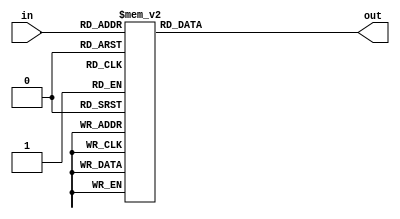
/* Multiply by 2 LUT */
module mul_by_2 (in, out);
    input [7:0] in;
    output reg [7:0] out;

    always @ (in)
    case (in)
        8'h0: out = 8'h0;
        8'h1: out = 8'h2;
        8'h2: out = 8'h4;
        8'h3: out = 8'h6;
        8'h4: out = 8'h8;
        8'h5: out = 8'ha;
        8'h6: out = 8'hc;
        8'h7: out = 8'he;
        8'h8: out = 8'h10;
        8'h9: out = 8'h12;
        8'ha: out = 8'h14;
        8'hb: out = 8'h16;
        8'hc: out = 8'h18;
        8'hd: out = 8'h1a;
        8'he: out = 8'h1c;
        8'hf: out = 8'h1e;
        8'h10: out = 8'h20;
        8'h11: out = 8'h22;
        8'h12: out = 8'h24;
        8'h13: out = 8'h26;
        8'h14: out = 8'h28;
        8'h15: out = 8'h2a;
        8'h16: out = 8'h2c;
        8'h17: out = 8'h2e;
        8'h18: out = 8'h30;
        8'h19: out = 8'h32;
        8'h1a: out = 8'h34;
        8'h1b: out = 8'h36;
        8'h1c: out = 8'h38;
        8'h1d: out = 8'h3a;
        8'h1e: out = 8'h3c;
        8'h1f: out = 8'h3e;
        8'h20: out = 8'h40;
        8'h21: out = 8'h42;
        8'h22: out = 8'h44;
        8'h23: out = 8'h46;
        8'h24: out = 8'h48;
        8'h25: out = 8'h4a;
        8'h26: out = 8'h4c;
        8'h27: out = 8'h4e;
        8'h28: out = 8'h50;
        8'h29: out = 8'h52;
        8'h2a: out = 8'h54;
        8'h2b: out = 8'h56;
        8'h2c: out = 8'h58;
        8'h2d: out = 8'h5a;
        8'h2e: out = 8'h5c;
        8'h2f: out = 8'h5e;
        8'h30: out = 8'h60;
        8'h31: out = 8'h62;
        8'h32: out = 8'h64;
        8'h33: out = 8'h66;
        8'h34: out = 8'h68;
        8'h35: out = 8'h6a;
        8'h36: out = 8'h6c;
        8'h37: out = 8'h6e;
        8'h38: out = 8'h70;
        8'h39: out = 8'h72;
        8'h3a: out = 8'h74;
        8'h3b: out = 8'h76;
        8'h3c: out = 8'h78;
        8'h3d: out = 8'h7a;
        8'h3e: out = 8'h7c;
        8'h3f: out = 8'h7e;
        8'h40: out = 8'h80;
        8'h41: out = 8'h82;
        8'h42: out = 8'h84;
        8'h43: out = 8'h86;
        8'h44: out = 8'h88;
        8'h45: out = 8'h8a;
        8'h46: out = 8'h8c;
        8'h47: out = 8'h8e;
        8'h48: out = 8'h90;
        8'h49: out = 8'h92;
        8'h4a: out = 8'h94;
        8'h4b: out = 8'h96;
        8'h4c: out = 8'h98;
        8'h4d: out = 8'h9a;
        8'h4e: out = 8'h9c;
        8'h4f: out = 8'h9e;
        8'h50: out = 8'ha0;
        8'h51: out = 8'ha2;
        8'h52: out = 8'ha4;
        8'h53: out = 8'ha6;
        8'h54: out = 8'ha8;
        8'h55: out = 8'haa;
        8'h56: out = 8'hac;
        8'h57: out = 8'hae;
        8'h58: out = 8'hb0;
        8'h59: out = 8'hb2;
        8'h5a: out = 8'hb4;
        8'h5b: out = 8'hb6;
        8'h5c: out = 8'hb8;
        8'h5d: out = 8'hba;
        8'h5e: out = 8'hbc;
        8'h5f: out = 8'hbe;
        8'h60: out = 8'hc0;
        8'h61: out = 8'hc2;
        8'h62: out = 8'hc4;
        8'h63: out = 8'hc6;
        8'h64: out = 8'hc8;
        8'h65: out = 8'hca;
        8'h66: out = 8'hcc;
        8'h67: out = 8'hce;
        8'h68: out = 8'hd0;
        8'h69: out = 8'hd2;
        8'h6a: out = 8'hd4;
        8'h6b: out = 8'hd6;
        8'h6c: out = 8'hd8;
        8'h6d: out = 8'hda;
        8'h6e: out = 8'hdc;
        8'h6f: out = 8'hde;
        8'h70: out = 8'he0;
        8'h71: out = 8'he2;
        8'h72: out = 8'he4;
        8'h73: out = 8'he6;
        8'h74: out = 8'he8;
        8'h75: out = 8'hea;
        8'h76: out = 8'hec;
        8'h77: out = 8'hee;
        8'h78: out = 8'hf0;
        8'h79: out = 8'hf2;
        8'h7a: out = 8'hf4;
        8'h7b: out = 8'hf6;
        8'h7c: out = 8'hf8;
        8'h7d: out = 8'hfa;
        8'h7e: out = 8'hfc;
        8'h7f: out = 8'hfe;
        8'h80: out = 8'h1b;
        8'h81: out = 8'h19;
        8'h82: out = 8'h1f;
        8'h83: out = 8'h1d;
        8'h84: out = 8'h13;
        8'h85: out = 8'h11;
        8'h86: out = 8'h17;
        8'h87: out = 8'h15;
        8'h88: out = 8'hb;
        8'h89: out = 8'h9;
        8'h8a: out = 8'hf;
        8'h8b: out = 8'hd;
        8'h8c: out = 8'h3;
        8'h8d: out = 8'h1;
        8'h8e: out = 8'h7;
        8'h8f: out = 8'h5;
        8'h90: out = 8'h3b;
        8'h91: out = 8'h39;
        8'h92: out = 8'h3f;
        8'h93: out = 8'h3d;
        8'h94: out = 8'h33;
        8'h95: out = 8'h31;
        8'h96: out = 8'h37;
        8'h97: out = 8'h35;
        8'h98: out = 8'h2b;
        8'h99: out = 8'h29;
        8'h9a: out = 8'h2f;
        8'h9b: out = 8'h2d;
        8'h9c: out = 8'h23;
        8'h9d: out = 8'h21;
        8'h9e: out = 8'h27;
        8'h9f: out = 8'h25;
        8'ha0: out = 8'h5b;
        8'ha1: out = 8'h59;
        8'ha2: out = 8'h5f;
        8'ha3: out = 8'h5d;
        8'ha4: out = 8'h53;
        8'ha5: out = 8'h51;
        8'ha6: out = 8'h57;
        8'ha7: out = 8'h55;
        8'ha8: out = 8'h4b;
        8'ha9: out = 8'h49;
        8'haa: out = 8'h4f;
        8'hab: out = 8'h4d;
        8'hac: out = 8'h43;
        8'had: out = 8'h41;
        8'hae: out = 8'h47;
        8'haf: out = 8'h45;
        8'hb0: out = 8'h7b;
        8'hb1: out = 8'h79;
        8'hb2: out = 8'h7f;
        8'hb3: out = 8'h7d;
        8'hb4: out = 8'h73;
        8'hb5: out = 8'h71;
        8'hb6: out = 8'h77;
        8'hb7: out = 8'h75;
        8'hb8: out = 8'h6b;
        8'hb9: out = 8'h69;
        8'hba: out = 8'h6f;
        8'hbb: out = 8'h6d;
        8'hbc: out = 8'h63;
        8'hbd: out = 8'h61;
        8'hbe: out = 8'h67;
        8'hbf: out = 8'h65;
        8'hc0: out = 8'h9b;
        8'hc1: out = 8'h99;
        8'hc2: out = 8'h9f;
        8'hc3: out = 8'h9d;
        8'hc4: out = 8'h93;
        8'hc5: out = 8'h91;
        8'hc6: out = 8'h97;
        8'hc7: out = 8'h95;
        8'hc8: out = 8'h8b;
        8'hc9: out = 8'h89;
        8'hca: out = 8'h8f;
        8'hcb: out = 8'h8d;
        8'hcc: out = 8'h83;
        8'hcd: out = 8'h81;
        8'hce: out = 8'h87;
        8'hcf: out = 8'h85;
        8'hd0: out = 8'hbb;
        8'hd1: out = 8'hb9;
        8'hd2: out = 8'hbf;
        8'hd3: out = 8'hbd;
        8'hd4: out = 8'hb3;
        8'hd5: out = 8'hb1;
        8'hd6: out = 8'hb7;
        8'hd7: out = 8'hb5;
        8'hd8: out = 8'hab;
        8'hd9: out = 8'ha9;
        8'hda: out = 8'haf;
        8'hdb: out = 8'had;
        8'hdc: out = 8'ha3;
        8'hdd: out = 8'ha1;
        8'hde: out = 8'ha7;
        8'hdf: out = 8'ha5;
        8'he0: out = 8'hdb;
        8'he1: out = 8'hd9;
        8'he2: out = 8'hdf;
        8'he3: out = 8'hdd;
        8'he4: out = 8'hd3;
        8'he5: out = 8'hd1;
        8'he6: out = 8'hd7;
        8'he7: out = 8'hd5;
        8'he8: out = 8'hcb;
        8'he9: out = 8'hc9;
        8'hea: out = 8'hcf;
        8'heb: out = 8'hcd;
        8'hec: out = 8'hc3;
        8'hed: out = 8'hc1;
        8'hee: out = 8'hc7;
        8'hef: out = 8'hc5;
        8'hf0: out = 8'hfb;
        8'hf1: out = 8'hf9;
        8'hf2: out = 8'hff;
        8'hf3: out = 8'hfd;
        8'hf4: out = 8'hf3;
        8'hf5: out = 8'hf1;
        8'hf6: out = 8'hf7;
        8'hf7: out = 8'hf5;
        8'hf8: out = 8'heb;
        8'hf9: out = 8'he9;
        8'hfa: out = 8'hef;
        8'hfb: out = 8'hed;
        8'hfc: out = 8'he3;
        8'hfd: out = 8'he1;
        8'hfe: out = 8'he7;
        8'hff: out = 8'he5;
    endcase
endmodule

/* Multiply by 3 LUT */
module mul_by_3 (in, out);
    input [7:0] in;
    output reg [7:0] out;

    always @ (in)
    case (in)
        8'h0: out = 8'h0;
        8'h1: out = 8'h3;
        8'h2: out = 8'h6;
        8'h3: out = 8'h5;
        8'h4: out = 8'hc;
        8'h5: out = 8'hf;
        8'h6: out = 8'ha;
        8'h7: out = 8'h9;
        8'h8: out = 8'h18;
        8'h9: out = 8'h1b;
        8'ha: out = 8'h1e;
        8'hb: out = 8'h1d;
        8'hc: out = 8'h14;
        8'hd: out = 8'h17;
        8'he: out = 8'h12;
        8'hf: out = 8'h11;
        8'h10: out = 8'h30;
        8'h11: out = 8'h33;
        8'h12: out = 8'h36;
        8'h13: out = 8'h35;
        8'h14: out = 8'h3c;
        8'h15: out = 8'h3f;
        8'h16: out = 8'h3a;
        8'h17: out = 8'h39;
        8'h18: out = 8'h28;
        8'h19: out = 8'h2b;
        8'h1a: out = 8'h2e;
        8'h1b: out = 8'h2d;
        8'h1c: out = 8'h24;
        8'h1d: out = 8'h27;
        8'h1e: out = 8'h22;
        8'h1f: out = 8'h21;
        8'h20: out = 8'h60;
        8'h21: out = 8'h63;
        8'h22: out = 8'h66;
        8'h23: out = 8'h65;
        8'h24: out = 8'h6c;
        8'h25: out = 8'h6f;
        8'h26: out = 8'h6a;
        8'h27: out = 8'h69;
        8'h28: out = 8'h78;
        8'h29: out = 8'h7b;
        8'h2a: out = 8'h7e;
        8'h2b: out = 8'h7d;
        8'h2c: out = 8'h74;
        8'h2d: out = 8'h77;
        8'h2e: out = 8'h72;
        8'h2f: out = 8'h71;
        8'h30: out = 8'h50;
        8'h31: out = 8'h53;
        8'h32: out = 8'h56;
        8'h33: out = 8'h55;
        8'h34: out = 8'h5c;
        8'h35: out = 8'h5f;
        8'h36: out = 8'h5a;
        8'h37: out = 8'h59;
        8'h38: out = 8'h48;
        8'h39: out = 8'h4b;
        8'h3a: out = 8'h4e;
        8'h3b: out = 8'h4d;
        8'h3c: out = 8'h44;
        8'h3d: out = 8'h47;
        8'h3e: out = 8'h42;
        8'h3f: out = 8'h41;
        8'h40: out = 8'hc0;
        8'h41: out = 8'hc3;
        8'h42: out = 8'hc6;
        8'h43: out = 8'hc5;
        8'h44: out = 8'hcc;
        8'h45: out = 8'hcf;
        8'h46: out = 8'hca;
        8'h47: out = 8'hc9;
        8'h48: out = 8'hd8;
        8'h49: out = 8'hdb;
        8'h4a: out = 8'hde;
        8'h4b: out = 8'hdd;
        8'h4c: out = 8'hd4;
        8'h4d: out = 8'hd7;
        8'h4e: out = 8'hd2;
        8'h4f: out = 8'hd1;
        8'h50: out = 8'hf0;
        8'h51: out = 8'hf3;
        8'h52: out = 8'hf6;
        8'h53: out = 8'hf5;
        8'h54: out = 8'hfc;
        8'h55: out = 8'hff;
        8'h56: out = 8'hfa;
        8'h57: out = 8'hf9;
        8'h58: out = 8'he8;
        8'h59: out = 8'heb;
        8'h5a: out = 8'hee;
        8'h5b: out = 8'hed;
        8'h5c: out = 8'he4;
        8'h5d: out = 8'he7;
        8'h5e: out = 8'he2;
        8'h5f: out = 8'he1;
        8'h60: out = 8'ha0;
        8'h61: out = 8'ha3;
        8'h62: out = 8'ha6;
        8'h63: out = 8'ha5;
        8'h64: out = 8'hac;
        8'h65: out = 8'haf;
        8'h66: out = 8'haa;
        8'h67: out = 8'ha9;
        8'h68: out = 8'hb8;
        8'h69: out = 8'hbb;
        8'h6a: out = 8'hbe;
        8'h6b: out = 8'hbd;
        8'h6c: out = 8'hb4;
        8'h6d: out = 8'hb7;
        8'h6e: out = 8'hb2;
        8'h6f: out = 8'hb1;
        8'h70: out = 8'h90;
        8'h71: out = 8'h93;
        8'h72: out = 8'h96;
        8'h73: out = 8'h95;
        8'h74: out = 8'h9c;
        8'h75: out = 8'h9f;
        8'h76: out = 8'h9a;
        8'h77: out = 8'h99;
        8'h78: out = 8'h88;
        8'h79: out = 8'h8b;
        8'h7a: out = 8'h8e;
        8'h7b: out = 8'h8d;
        8'h7c: out = 8'h84;
        8'h7d: out = 8'h87;
        8'h7e: out = 8'h82;
        8'h7f: out = 8'h81;
        8'h80: out = 8'h9b;
        8'h81: out = 8'h98;
        8'h82: out = 8'h9d;
        8'h83: out = 8'h9e;
        8'h84: out = 8'h97;
        8'h85: out = 8'h94;
        8'h86: out = 8'h91;
        8'h87: out = 8'h92;
        8'h88: out = 8'h83;
        8'h89: out = 8'h80;
        8'h8a: out = 8'h85;
        8'h8b: out = 8'h86;
        8'h8c: out = 8'h8f;
        8'h8d: out = 8'h8c;
        8'h8e: out = 8'h89;
        8'h8f: out = 8'h8a;
        8'h90: out = 8'hab;
        8'h91: out = 8'ha8;
        8'h92: out = 8'had;
        8'h93: out = 8'hae;
        8'h94: out = 8'ha7;
        8'h95: out = 8'ha4;
        8'h96: out = 8'ha1;
        8'h97: out = 8'ha2;
        8'h98: out = 8'hb3;
        8'h99: out = 8'hb0;
        8'h9a: out = 8'hb5;
        8'h9b: out = 8'hb6;
        8'h9c: out = 8'hbf;
        8'h9d: out = 8'hbc;
        8'h9e: out = 8'hb9;
        8'h9f: out = 8'hba;
        8'ha0: out = 8'hfb;
        8'ha1: out = 8'hf8;
        8'ha2: out = 8'hfd;
        8'ha3: out = 8'hfe;
        8'ha4: out = 8'hf7;
        8'ha5: out = 8'hf4;
        8'ha6: out = 8'hf1;
        8'ha7: out = 8'hf2;
        8'ha8: out = 8'he3;
        8'ha9: out = 8'he0;
        8'haa: out = 8'he5;
        8'hab: out = 8'he6;
        8'hac: out = 8'hef;
        8'had: out = 8'hec;
        8'hae: out = 8'he9;
        8'haf: out = 8'hea;
        8'hb0: out = 8'hcb;
        8'hb1: out = 8'hc8;
        8'hb2: out = 8'hcd;
        8'hb3: out = 8'hce;
        8'hb4: out = 8'hc7;
        8'hb5: out = 8'hc4;
        8'hb6: out = 8'hc1;
        8'hb7: out = 8'hc2;
        8'hb8: out = 8'hd3;
        8'hb9: out = 8'hd0;
        8'hba: out = 8'hd5;
        8'hbb: out = 8'hd6;
        8'hbc: out = 8'hdf;
        8'hbd: out = 8'hdc;
        8'hbe: out = 8'hd9;
        8'hbf: out = 8'hda;
        8'hc0: out = 8'h5b;
        8'hc1: out = 8'h58;
        8'hc2: out = 8'h5d;
        8'hc3: out = 8'h5e;
        8'hc4: out = 8'h57;
        8'hc5: out = 8'h54;
        8'hc6: out = 8'h51;
        8'hc7: out = 8'h52;
        8'hc8: out = 8'h43;
        8'hc9: out = 8'h40;
        8'hca: out = 8'h45;
        8'hcb: out = 8'h46;
        8'hcc: out = 8'h4f;
        8'hcd: out = 8'h4c;
        8'hce: out = 8'h49;
        8'hcf: out = 8'h4a;
        8'hd0: out = 8'h6b;
        8'hd1: out = 8'h68;
        8'hd2: out = 8'h6d;
        8'hd3: out = 8'h6e;
        8'hd4: out = 8'h67;
        8'hd5: out = 8'h64;
        8'hd6: out = 8'h61;
        8'hd7: out = 8'h62;
        8'hd8: out = 8'h73;
        8'hd9: out = 8'h70;
        8'hda: out = 8'h75;
        8'hdb: out = 8'h76;
        8'hdc: out = 8'h7f;
        8'hdd: out = 8'h7c;
        8'hde: out = 8'h79;
        8'hdf: out = 8'h7a;
        8'he0: out = 8'h3b;
        8'he1: out = 8'h38;
        8'he2: out = 8'h3d;
        8'he3: out = 8'h3e;
        8'he4: out = 8'h37;
        8'he5: out = 8'h34;
        8'he6: out = 8'h31;
        8'he7: out = 8'h32;
        8'he8: out = 8'h23;
        8'he9: out = 8'h20;
        8'hea: out = 8'h25;
        8'heb: out = 8'h26;
        8'hec: out = 8'h2f;
        8'hed: out = 8'h2c;
        8'hee: out = 8'h29;
        8'hef: out = 8'h2a;
        8'hf0: out = 8'hb;
        8'hf1: out = 8'h8;
        8'hf2: out = 8'hd;
        8'hf3: out = 8'he;
        8'hf4: out = 8'h7;
        8'hf5: out = 8'h4;
        8'hf6: out = 8'h1;
        8'hf7: out = 8'h2;
        8'hf8: out = 8'h13;
        8'hf9: out = 8'h10;
        8'hfa: out = 8'h15;
        8'hfb: out = 8'h16;
        8'hfc: out = 8'h1f;
        8'hfd: out = 8'h1c;
        8'hfe: out = 8'h19;
        8'hff: out = 8'h1a;
    endcase
endmodule